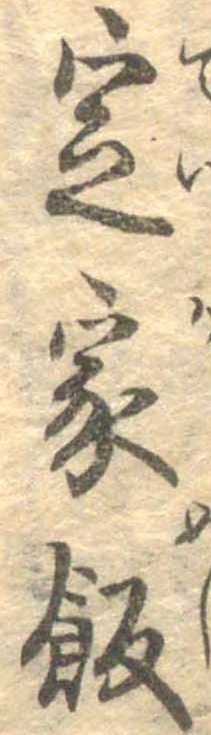
定家飯